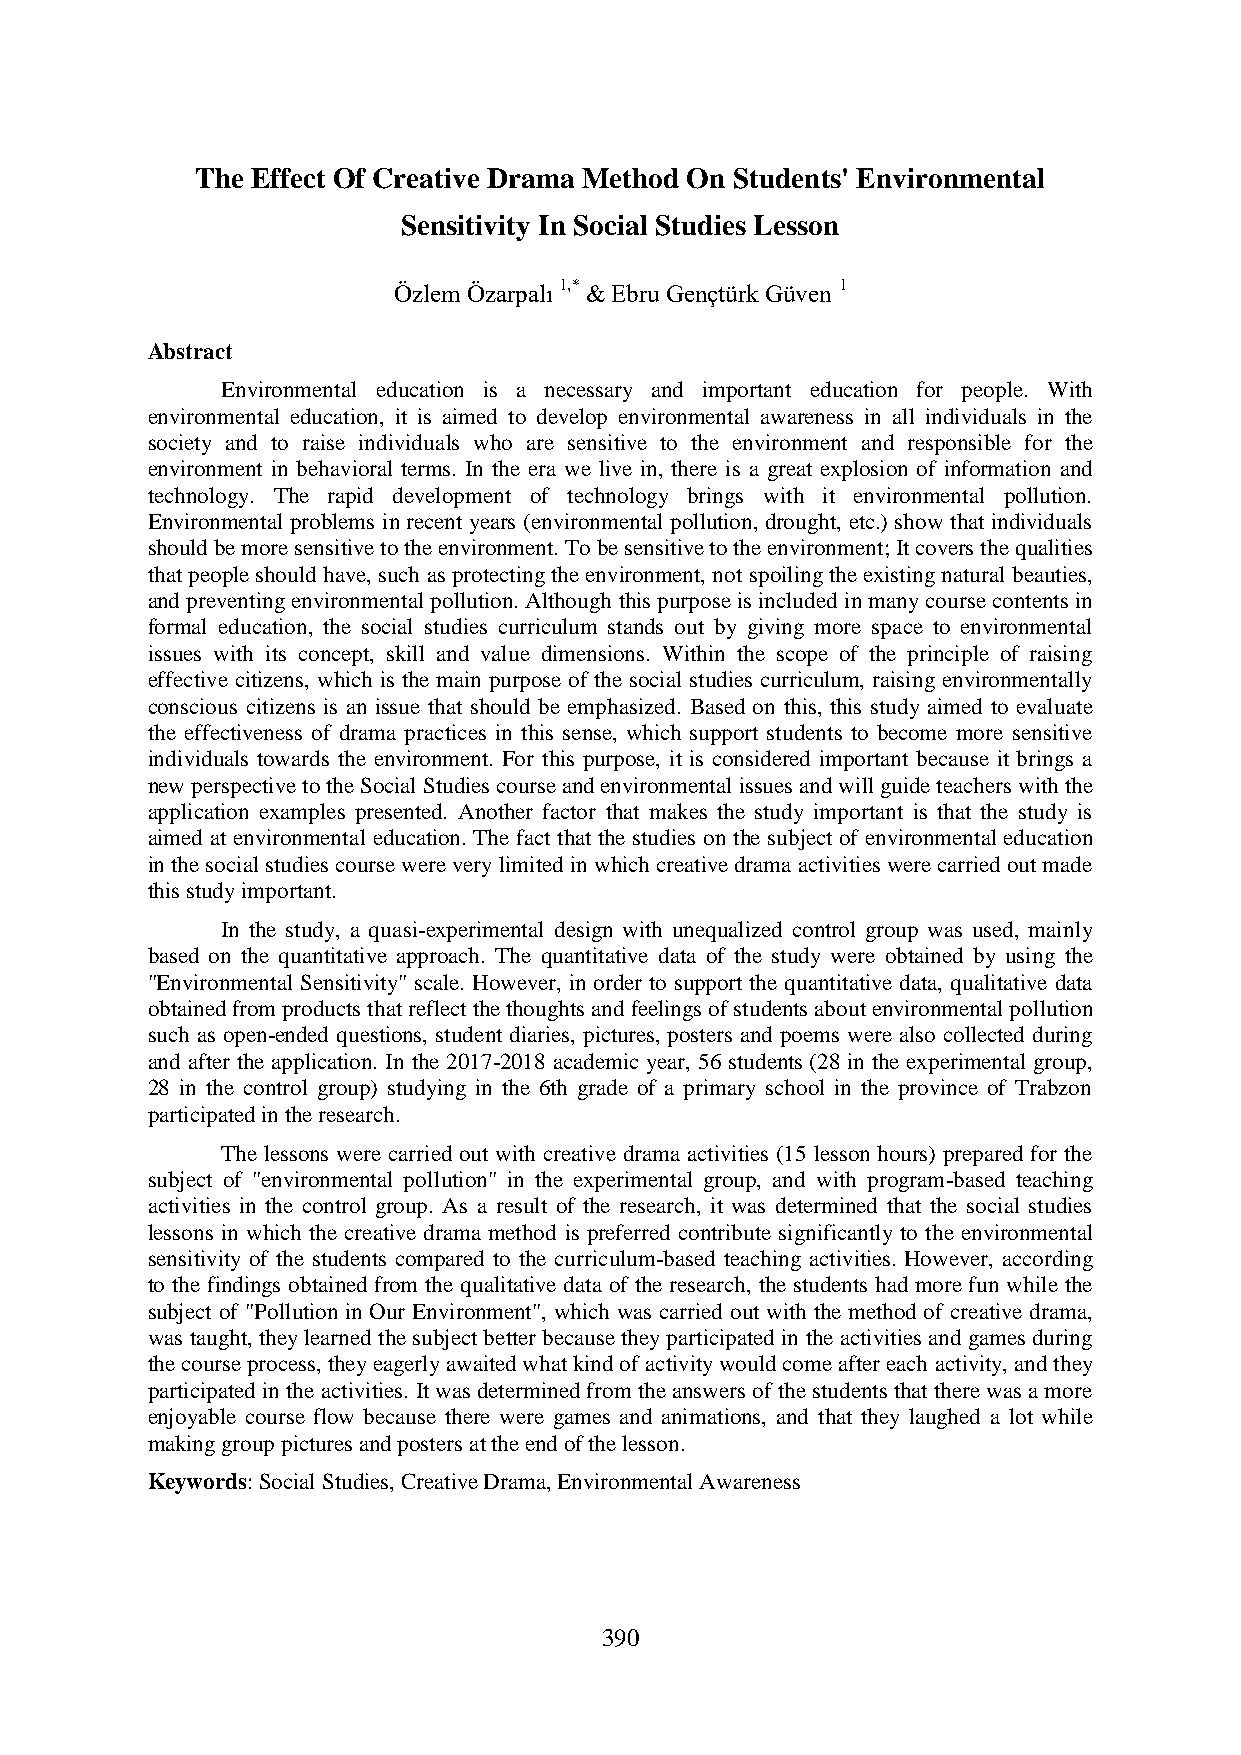
The Effect Of Creative Drama Method On Students' Environmental
 Sensitivity In Social Studies Lesson
 Özlem Özarpalı 1,* & Ebru Gençtürk Güven 1
 Abstract
 Environmental education is a necessary and important education for people. With
 environmental education, it is aimed to develop environmental awareness in all individuals in the
 society and to raise individuals who are sensitive to the environment and responsible for the
 environment in behavioral terms. In the era we live in, there is a great explosion of information and
 technology. The rapid development of technology brings with it environmental pollution.
 Environmental problems in recent years (environmental pollution, drought, etc.) show that individuals
 should be more sensitive to the environment. To be sensitive to the environment; It covers the qualities
 that people should have, such as protecting the environment, not spoiling the existing natural beauties,
 and preventing environmental pollution. Although this purpose is included in many course contents in
 formal education, the social studies curriculum stands out by giving more space to environmental
 issues with its concept, skill and value dimensions. Within the scope of the principle of raising
 effective citizens, which is the main purpose of the social studies curriculum, raising environmentally
 conscious citizens is an issue that should be emphasized. Based on this, this study aimed to evaluate
 the effectiveness of drama practices in this sense, which support students to become more sensitive
 individuals towards the environment. For this purpose, it is considered important because it brings a
 new perspective to the Social Studies course and environmental issues and will guide teachers with the
 application examples presented. Another factor that makes the study important is that the study is
 aimed at environmental education. The fact that the studies on the subject of environmental education
 in the social studies course were very limited in which creative drama activities were carried out made
 this study important.
 In the study, a quasi-experimental design with unequalized control group was used, mainly
 based on the quantitative approach. The quantitative data of the study were obtained by using the
 "Environmental Sensitivity" scale. However, in order to support the quantitative data, qualitative data
 obtained from products that reflect the thoughts and feelings of students about environmental pollution
 such as open-ended questions, student diaries, pictures, posters and poems were also collected during
 and after the application. In the 2017-2018 academic year, 56 students (28 in the experimental group,
 28 in the control group) studying in the 6th grade of a primary school in the province of Trabzon
 participated in the research.
 The lessons were carried out with creative drama activities (15 lesson hours) prepared for the
 subject of "environmental pollution" in the experimental group, and with program-based teaching
 activities in the control group. As a result of the research, it was determined that the social studies
 lessons in which the creative drama method is preferred contribute significantly to the environmental
 sensitivity of the students compared to the curriculum-based teaching activities. However, according
 to the findings obtained from the qualitative data of the research, the students had more fun while the
 subject of "Pollution in Our Environment", which was carried out with the method of creative drama,
 was taught, they learned the subject better because they participated in the activities and games during
 the course process, they eagerly awaited what kind of activity would come after each activity, and they
 participated in the activities. It was determined from the answers of the students that there was a more
 enjoyable course flow because there were games and animations, and that they laughed a lot while
 making group pictures and posters at the end of the lesson.
 Keywords: Social Studies, Creative Drama, Environmental Awareness
 390